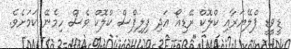
ޑީވީޑީ ޕްލޭޔަރާއި ކްލޮކް ރޭޑިއޯ އަދި ފިލިޕްސް ކްލޮކް ވެސް ހިމެނޭ ކަމަށެވެ.